King Institute of Preventive Medicine Bacteriolog. Section reports 1907-08
Year: 1907
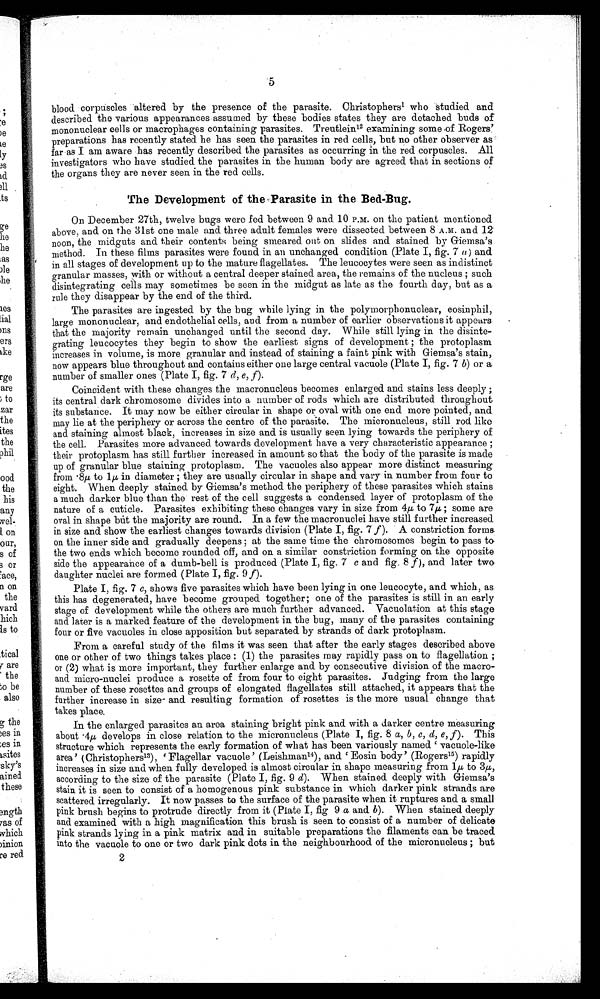
'5
blood corpuscles altered by the presence of the parasite. Christophers 1 who studied and
described the various appearances assumed by these bodies states they are detached buds of
mononuclear cells or macrophages containing parasites. Treutlein.12 examining some of Rogers'
preparations has recently stated he has seen the. parasites in red cells, but no other observer as
far as I am aware has recently described the parasites as occurring in the red corpuscles. All
investigators who have studied the parasites in the human body are agreed that in sections of
the organs they are never seen in the red cells.
The Development of the Parasite in the Bed-Bug.
On December 27th, twelve bugs were fed between 9 and. 10 P.M. on the patient mentioned.
above, and on the 31st one male and three adult females were dissected between 8 A.M. and 12
noon, the midguts and their contents being smeared out on slides and stained by Giemsa's
method. In these films parasites were found in an unchanged condition (Plate I, fig. 7 a) and.
in all stages of development up to the mature flagellates. The leucocytes were seen as indistinct
granular masses, with or without a central deeper stained area, the remains of the nucleus ; such
disintegrating cells may sometimes be seen in the midgut as late as the fourth day, but as a
rule they disappear by the end of the third.
The parasites are ingested by the bug while lying in the polymorphonuclear, eosinphil,
large mononuclear, and endothelial cells, and from a number of earlier observations it appears
that the majority remain unchanged until the second day. While still lying in the disinte--
grating leucocytes they begin to show the earliest signs of development ; the protoplasm
increases in volume, is more granular and instead of staining a faint pink with Giemsa's stain,
now appears blue throughout and contains either one large central vacuole (Plate I, fig. 7 b) or a
number of smaller ones (Plate I, fig. 7 Id,e,f) .
Coincident with these changes the macronucleus becomes enlarged and stains less deeply ;
its central dark chromosome divides into a number of rods which are distributed throughout.
its substance. It may now be either circular in shape or oval with one end more pointed, and
may lie at the periphery or across the centre of the parasite. The micronucleus, still rod like
and staining almost black, increases in size and is usually seen lying towards the periphery of
the cell. Parasites more advanced towards development have a very characteristic appearance ;
their protoplasm has still further increased in amount so that the body of the parasite is made
up of granular blue staining protoplasm. The vacuoles also appear more distinct measuring
from .8μ to in diameter r they are usually circular in shape and vary in number from four to
eight. When deeply stained by Giemsa's method the periphery of these parasites which stains
a much darker blue than the rest of the cell suggests a condensed layer of protoplasm of the
nature of a cuticle. Parasites exhibiting these changes vary in size from 4 μ to 7μ ; some are
oval in shape but the majority are round. In a few the macronuclei have still further increased
in size and show the earliest changes towards division (Plate I, fig. 7 f). A constriction forms.
on the inner side and gradually deepens ; at the same time the chromosomes begin to pass to
the two ends which become rounded off, and on a similar constriction forming on the opposite
side the appearance of a dumb-bell is produced (Plate I, fig. 7 c and fig. 8 f), and later two
daughter nuclei are formed (Plate I, fig. 9 f).
Plate I, fig. 7 c, shows five parasites which have been lying in one leucocyte, and which, as
this has degenerated, have become grouped together; one of the parasites is still in an early
stage of development while the others are much further advanced. Vacuolation at this stage
and later is a marked feature of the development in the bug, many of the parasites containing
four or five vacuoles in close apposition but separated by strands of dark protoplasm.
From a careful study of the films it was seen that after the early stages described above
one or other of two things takes place : (1) the parasites may rapidly pass on to flagellation ;
or (2) what is more important, they further enlarge and by consecutive division of the macro-
and micro-nuclei produce a rosette of from four to eight parasites. Judging from the large
number of these rosettes and groups of elongated flagellates still attached, it appears that the
further increase in size and resulting formation of rosettes is the more usual change that
takes place.
In the enlarged parasites an area staining bright pink and with a darker centre measuring
about . 4 μ ,
d e v e l o p s i n c l o s e r e l a t i o n t o t h e m i c r o n u c l e u s ( P l a t e I ,f
i g .
8 a , b , c , d , f ) .
T h i s
structure which represents the early formation of what has been variously named vacuole-like
area' (Christophers 13) , ' F l a g e l l a r v a c u o l e ' ( L e i s h i n a n 1 4
) , a n d ' E o s i n b o d y ' ( R o g e r s1
5
) r a p i d l y
increases in size and when fully developed is almost circular in shape measuring from 1 μ to 3μ ,
according to the size of the parasite (Plate I, fig. 9 d). When stained deeply with Giemsa's
stain it is seen to consist of a homogenous pink substance in which darker pink strands are
scattered irregularly. It now passes to the surface of the parasite when it ruptures and a small
pink brush begins to protrude directly from it (Plate I, fig 9 a and b). When stained deeply
and examined with a high magnification this brush is seen to consist of a number of delicate
pink strands lying in a pink matrix and in suitable preparations the filaments can be traced.
into the vacuole to one or two dark pink dots in the neighbourhood of the micronucleus ; but
2